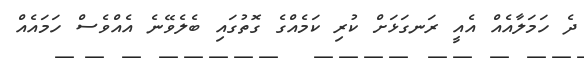
ދެ ހަމަލާއެއް އެއީ ރަނގަޅަށް ކުރި ކަމެއްގެ ގޮތުގައި ބެލެވޭނެ އެއްވެސް ހަމައެއް